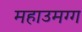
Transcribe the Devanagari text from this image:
महाउमग्ग